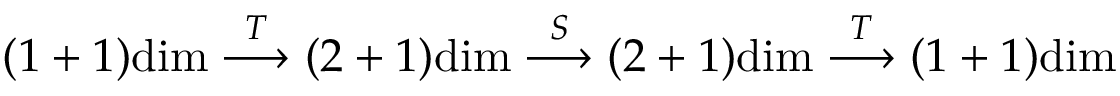
( 1 + 1 ) \mathrm { d i m } \stackrel { T } { \longrightarrow } ( 2 + 1 ) \mathrm { d i m } \stackrel { S } { \longrightarrow } ( 2 + 1 ) \mathrm { d i m } \stackrel { T } { \longrightarrow } ( 1 + 1 ) \mathrm { d i m }